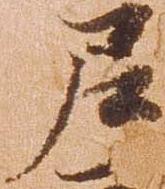
尼